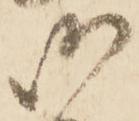
御